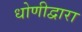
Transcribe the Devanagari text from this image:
धोणीद्वारा